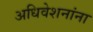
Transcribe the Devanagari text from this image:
अधिवेशनांना